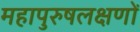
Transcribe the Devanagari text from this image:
महापुरुषलक्षणों